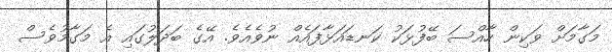
މަގާމަށް ވަކިން ހާއްސަ ބޭފުޅަކު ކަނޑައަޅާފައެއް ނުވެއެވެ. އޭގެ ބަދަލުގައި އެ މަގާމުވެސް